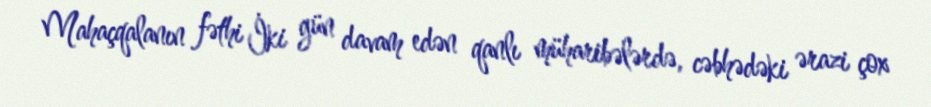
Mahaçqalanın fəthi İki gün davam edən qanlı müharibələrdə, cəbhədəki ərazi çox